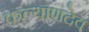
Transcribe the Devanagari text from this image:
कल्याणदेव